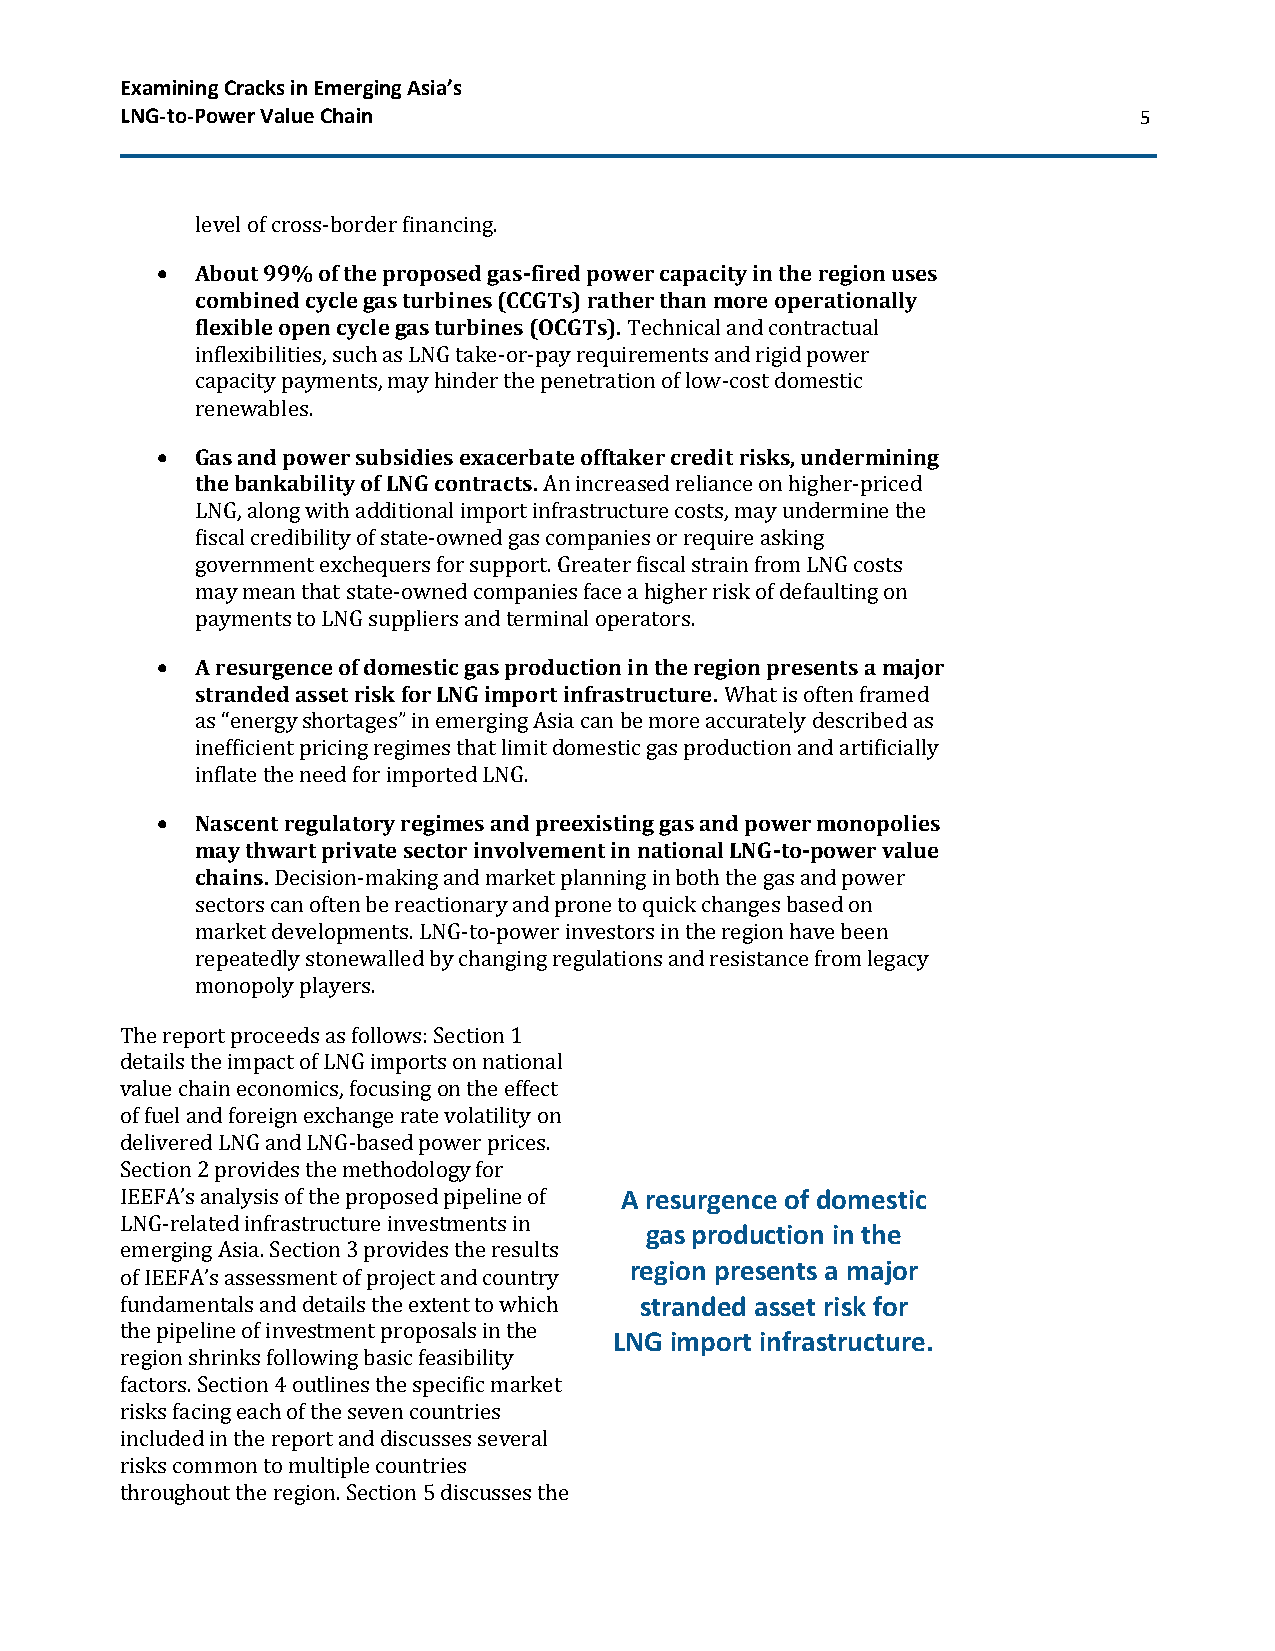
Examining Cracks in Emerging Asia’s
 LNG-to-Power Value Chain                                           5
 level of cross-border financing.
 •  About 99% of the proposed gas-fired power capacity in the region uses
 combined cycle gas turbines (CCGTs) rather than more operationally
 flexible open cycle gas turbines (OCGTs). Technical and contractual
 inflexibilities, such as LNG take-or-pay requirements and rigid power
 capacity payments, may hinder the penetration of low-cost domestic
 renewables.
 •  Gas and power subsidies exacerbate offtaker credit risks, undermining
 the bankability of LNG contracts. An increased reliance on higher-priced
 LNG, along with additional import infrastructure costs, may undermine the
 fiscal credibility of state-owned gas companies or require asking
 government exchequers for support. Greater fiscal strain from LNG costs
 may mean that state-owned companies face a higher risk of defaulting on
 payments to LNG suppliers and terminal operators.
 •  A resurgence of domestic gas production in the region presents a major
 stranded asset risk for LNG import infrastructure. What is often framed
 as “energy shortages” in emerging Asia can be more accurately described as
 inefficient pricing regimes that limit domestic gas production and artificially
 inflate the need for imported LNG.
 •  Nascent regulatory regimes and preexisting gas and power monopolies
 may thwart private sector involvement in national LNG-to-power value
 chains. Decision-making and market planning in both the gas and power
 sectors can often be reactionary and prone to quick changes based on
 market developments. LNG-to-power investors in the region have been
 repeatedly stonewalled by changing regulations and resistance from legacy
 monopoly players.
 The report proceeds as follows: Section 1
 details the impact of LNG imports on national
 value chain economics, focusing on the effect
 of fuel and foreign exchange rate volatility on
 delivered LNG and LNG-based power prices.
 Section 2 provides the methodology for
 IEEFA’s analysis of the proposed pipeline of A resurgence of domestic
 LNG-related infrastructure investments in
 gas production in the
 emerging Asia. Section 3 provides the results
 region presents a major
 of IEEFA’s assessment of project and country
 fundamentals and details the extent to which stranded asset risk for
 the pipeline of investment proposals in the
 LNG import infrastructure.
 region shrinks following basic feasibility
 factors. Section 4 outlines the specific market
 risks facing each of the seven countries
 included in the report and discusses several
 risks common to multiple countries
 throughout the region. Section 5 discusses the